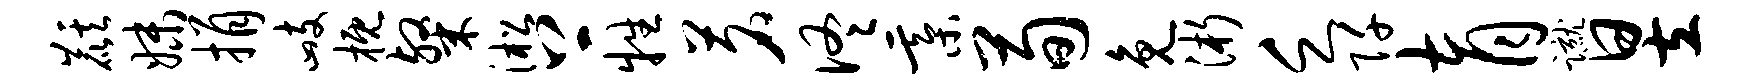
麒妹捐峙概粲淞上牲茗佟綦荀免浙乏阡育蹴昱